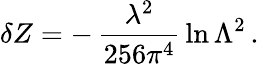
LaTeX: \delta Z=-\, \frac{\lambda^{2}}{256\pi^{4}}\, \ln\Lambda^{2}\, .